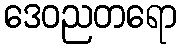
ဒေဝညတရော